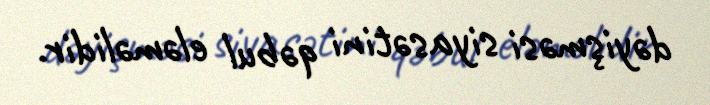
dəyişməsi siyasətini qəbul eləməlidir.